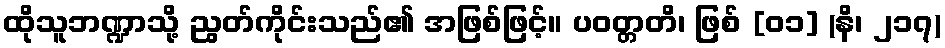
ထိုသူဘဏ္ဍာသို့ ညွတ်ကိုင်းသည်၏ အဖြစ်ဖြင့်။ ပဝတ္တတိ၊ ဖြစ် [၀၁] (နိ၊ ၂၁၇)